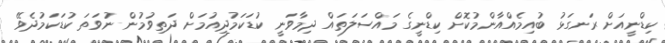
ކިޑްނީއަށް ރަނގަޅު ބުއިމެއްއާންމުކޮށް ކިޑްނީގެ މައްސަލަތައް ދިމާވަނީ ކުޑަކަމުދިއުމަށް ދަތިވުމުން ނުވަތަ ކުޑަކަމުދެވޭ